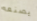
يصنعه